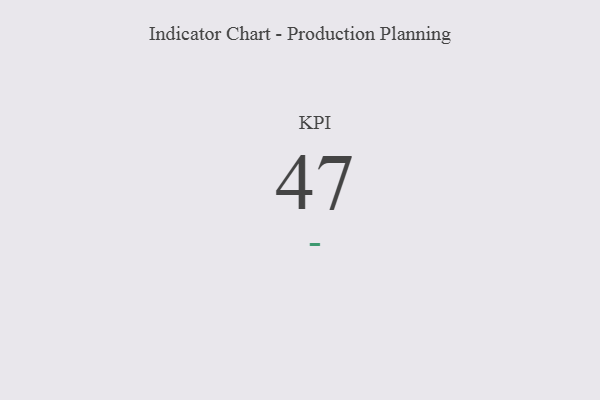
{"axis": {"x": "KPI", "y": "Value"}, "legend": [""], "data": [{"x": "KPI", "y": 47, "type": ""}]}